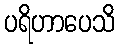
ပရိဟာပေသိ